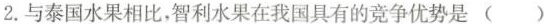
2.与泰国水果相比，智利水果在我国具有的竞争优势是( )